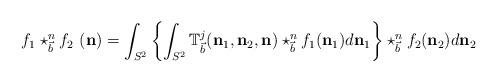
LaTeX: \begin{align*}f_{1}\star_{\vec{b}}^{n}f_{2}\ (\mathbf{n})=\int_{S^{2}}\left\{ \int_{S^{2}}\mathbb{T}_{\vec{b}}^{j}(\mathbf{n}_{1},\mathbf{n}_{2},\mathbf{n})\star_{\vec{b}}^{n}f_{1}(\mathbf{n}_{1})d\mathbf{n}_{1}\right\} \star_{\vec{b}}^{n}f_{2}(\mathbf{n}_{2})d\mathbf{n}_{2} \end{align*}